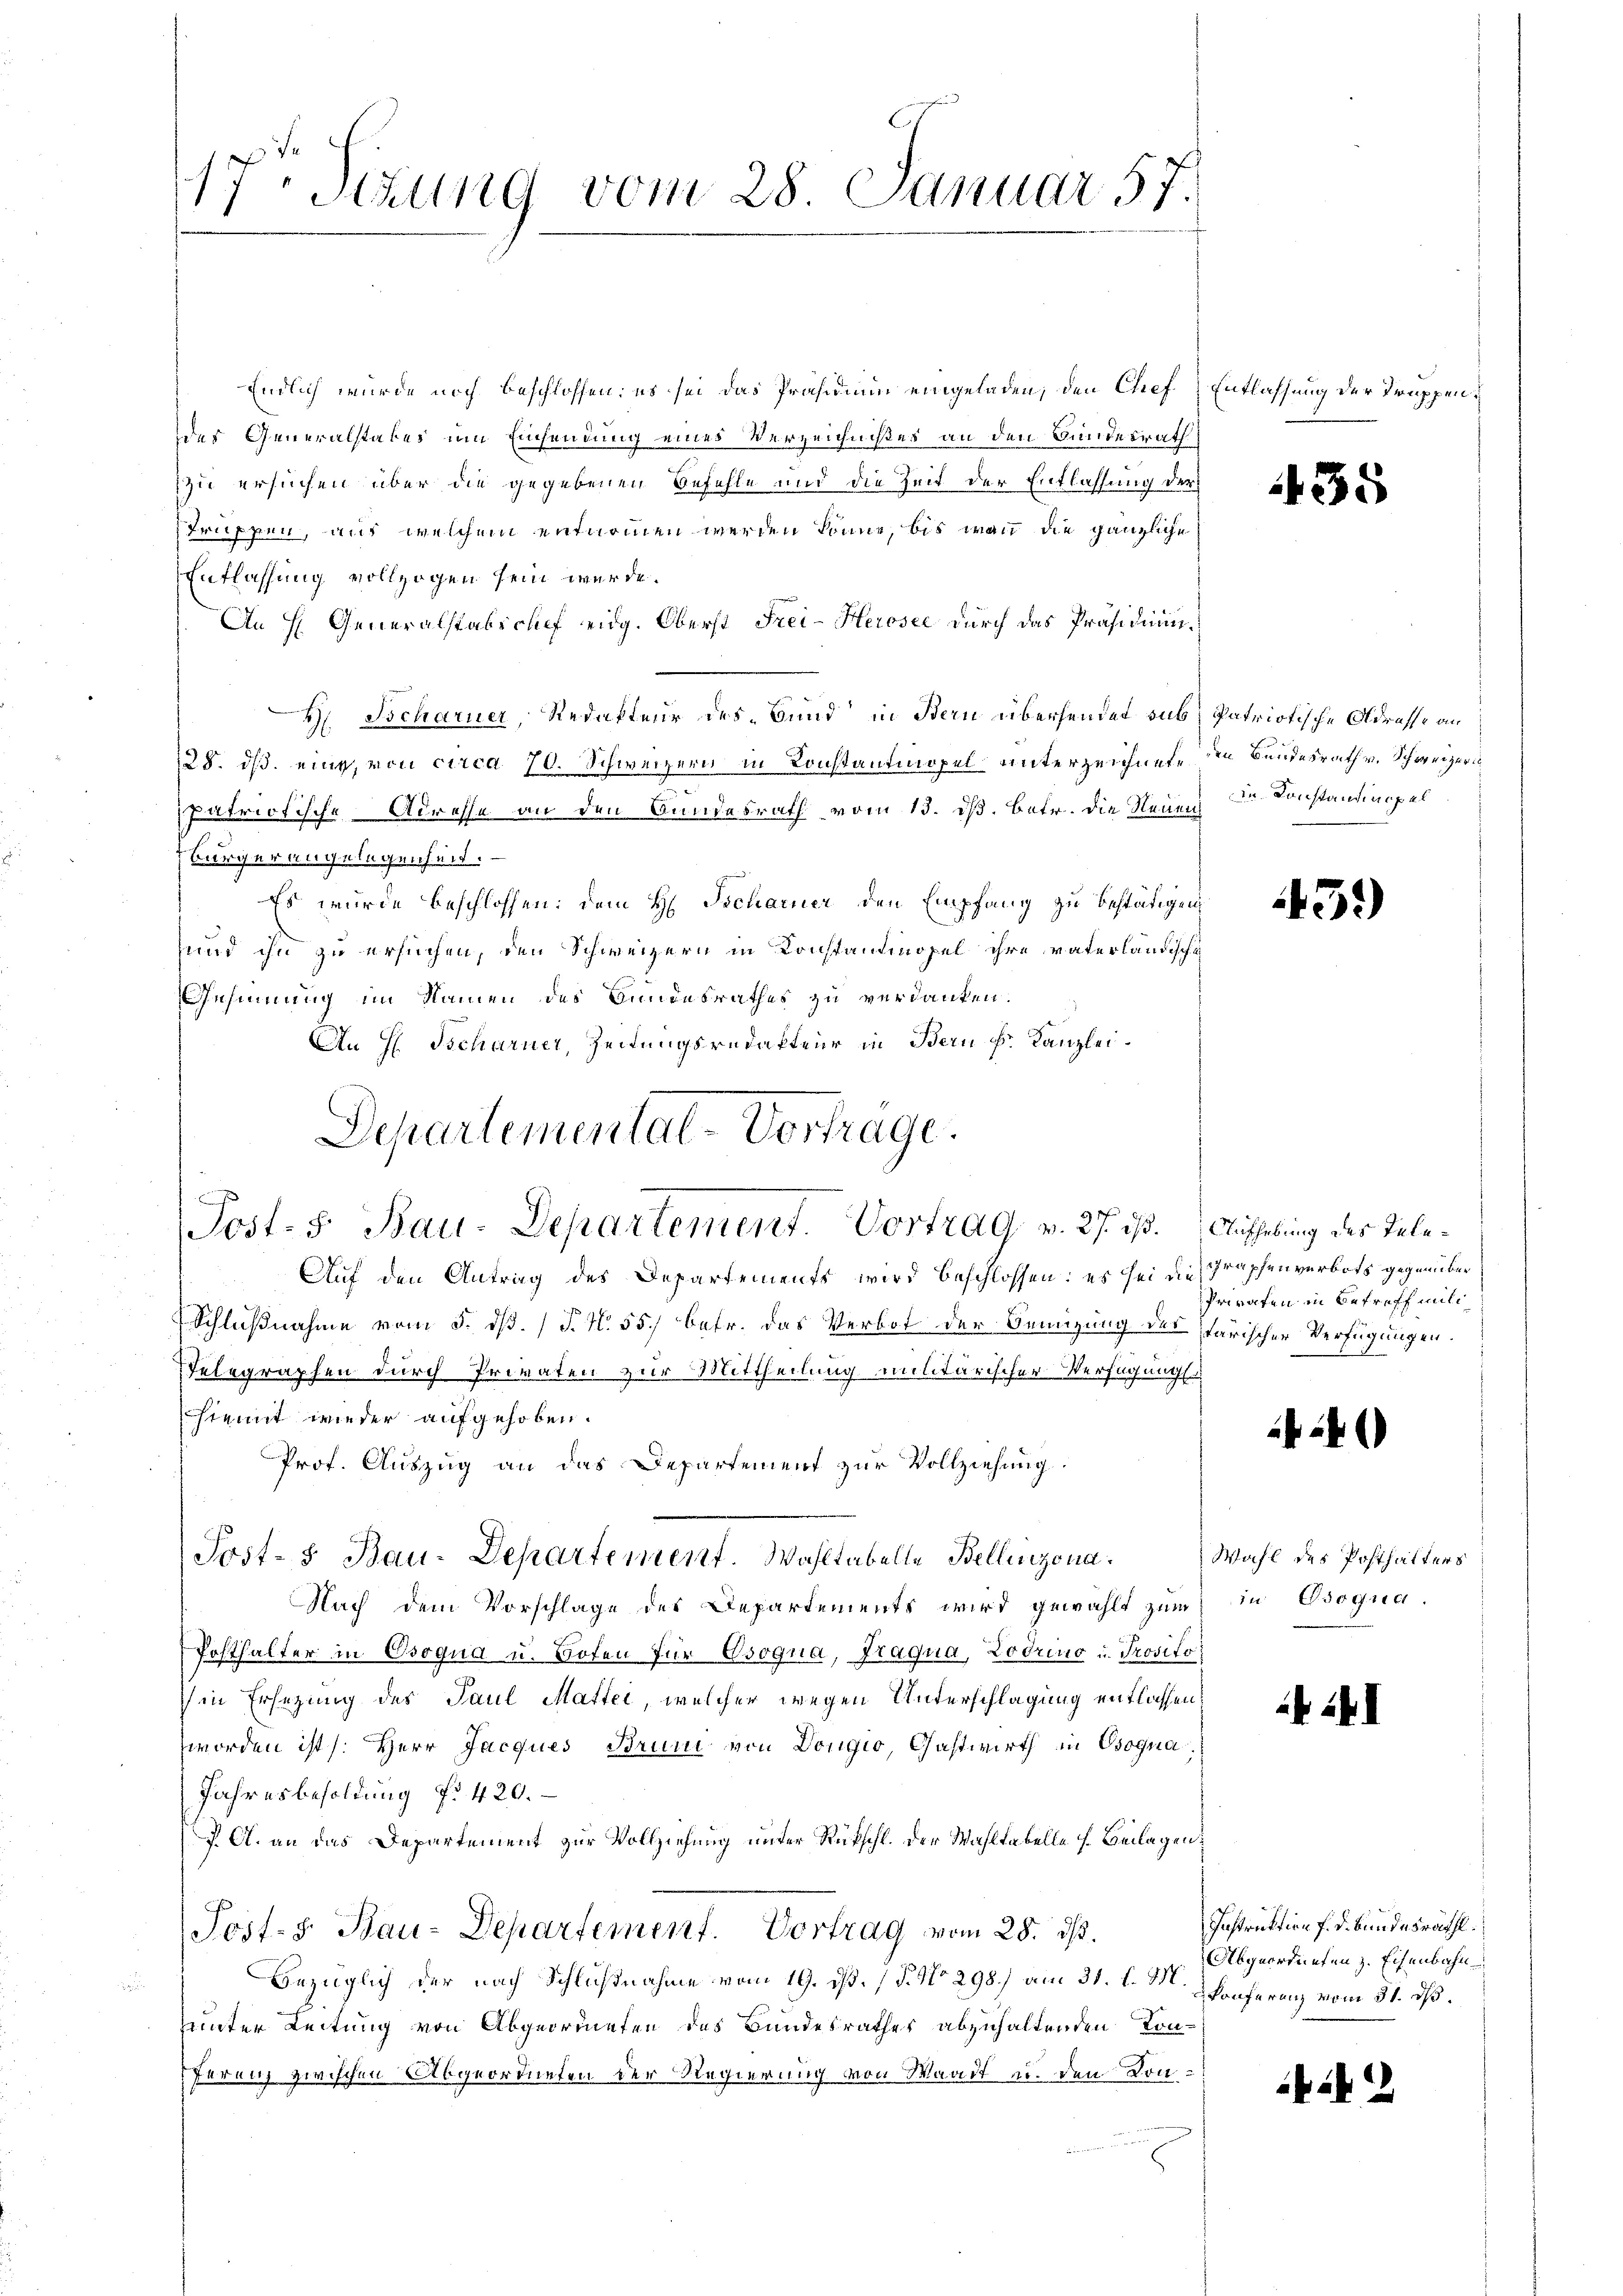
17 Sizung vom 28. Januar 57.

Endlich wurde noch beschlossen: es sei das Präsidium eingeladen, den Chef
des Generalstates um Einsendung eines Verzeichnißes an den Bundesrath
Zu ersuchen über die gegebenen Befehle und die Zeit der Entlassung der
struppen, aus welchem entnommen werden könne, bis wann die gänzliche
Entlassung vollzogen sein würde.
An H. Generalstabschef eidg. Oberst Frei-Heroser durch das Präsidium
H. Scharner, Redakteur des Bund“ in Bern überhendet sub
28. ds. eine, von circa 70. Schweizern in Konstantmopel unterzeichnete
patriotische Adresse an den Bundesrath vom 13. dß. Betr. die Neuen der Konstandinges
bürger angelegenheit.
Es wurde beschlossen: dem H. Tscharner den Empfang zu bestätigen,
und ihn zu ersuchen, den Schweizern in Konstantmopel ihre vaterländische
nsinnung im Namen des Bundesrathes zu verdanken.
An H. Tscharner, Zeitungsredakteur in Bern Fr. Kanzlei.
Departemental-Vortrage.

Post. S. Bau-Departement. Vortrag v. 27. ist. Aufhebung des Tele¬

Auf den Antrag des Departements wird beschlossen: es sei die Graphenverbots gegenüber
Schlußnahme vom 5. dß. (T. N. 55) betr. das Verbot der Bemigung des starischer Verfügungen.
Telegraphen durch Privaten zur Mittheilung militärischer Verfügungss
hiemit wieder aufgehoben.
Prof. Auszug an das Departement zur Vollziehung.
Post- & Bau-Departement. Wahltabelle Bellinzona.
Nach dem Vorschlage des Departements wird gewählt zum in Osoqua
Posthalter in Osogua u. Hofen für Osogna, Fraqua, Lodrino u. Prosito
in Ersezung des Paul Mattei, welcher wegen Unterschlagung entlassen
worden ist s. Herr Jacques Brun von Dougio, Gastwirth in Osogna
Jahresbesoldung f. 420.
J. A. an das Departement zur Vollziehung unter Rückschl. der Wahltabelle s. Beilagen.
Post-S. Bau-Departement. Vortrag vom 28. ds.
Bezüglich der nach Schlußnahme vom 19. d. 1 P. No 298) am 31. l. M.
unter Leitung von Abgeordneten des Bundesrathes abzuhaltenden Kon-
ferenz zwischen Abgeordneten der Regierung von Waadt u. den Kon¬

Entlassung der Truppen¬

5

Patriotische Adresse an
den Bundesrath v. Schweizeri

451)

Priraten in Betreff miti¬

24

Wahl des Posthalters

Instruktion f. d. Bundesräthl.
Abgeordneten z. Eisenbahn
konferenz vom 31. ds.